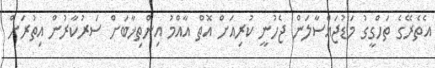
އެތެރޭގެ ތަހްގީގު މަޑުޖައްސާލަން ޖެހުނީ ކުރިއަށް އޮތް އާއްމު އިންތިޚާބަށް ސަރުކާރުން އިތުރަށް